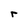
Character: r